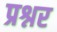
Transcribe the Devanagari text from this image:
प्रश्नर